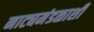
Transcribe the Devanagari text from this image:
नाट्यमंडळाशी